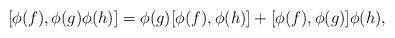
LaTeX: \begin{align*}[\phi(f), \phi(g) \phi(h)] = \phi(g)[\phi(f), \phi(h)]+ [\phi(f), \phi(g)] \phi(h) ,\end{align*}